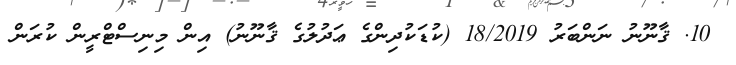
10. ޤާނޫނު ނަންބަރު 18/2019 (ކުޑަކުދިންގެ ޢަދުލުގެ ޤާނޫނު) އިން މިނިސްޓްރީން ކުރަން